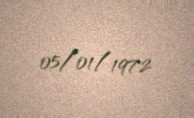
05/01/1972